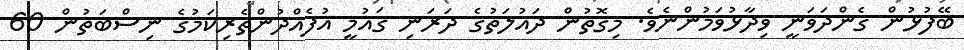
ބޭފުޅުން ގެންދަވަނީ ވިދާޅުވަމުންނެވެ. މިގޮތުން ދައުލަތުގެ ދަރަނި ޤައުމީ އުފެއްދުންތެރިކަމުގެ ނިސްބަތުން 60